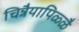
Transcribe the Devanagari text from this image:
चिन्नैयापिळ्ळै